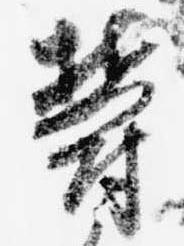
欝